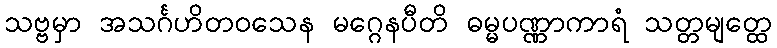
သဗ္ဗမှာ အသင်္ဂဟိတဝသေန မဂ္ဂေနပီတိ ဓမ္မပဏ္ဏာကာရံ သတ္တမျတ္ထေ